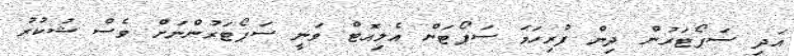
އަދި ސަޕޯޓަރުން ދިން ފުރިހަމަ ސަޕޯޓަށް އެލިއޮޓް ވަނީ ސަޕޯޓަރުންނަށް ވެސް ޝުކުރު